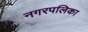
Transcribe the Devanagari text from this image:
नगरपलिका